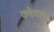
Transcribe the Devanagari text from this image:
क्वेयार